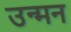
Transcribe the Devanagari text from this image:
उन्मन